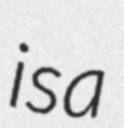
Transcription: is a